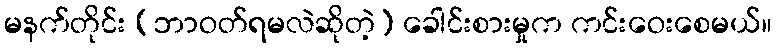
မနက်တိုင်း (ဘာဝတ်ရမလဲဆိုတဲ့) ခေါင်းစားမှုက ကင်းဝေးစေမယ်။